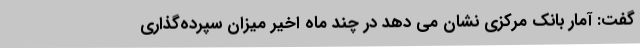
گفت: آمار بانک مرکزی نشان می دهد در چند ماه اخیر میزان سپرده‌گذاری